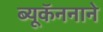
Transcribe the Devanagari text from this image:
ब्यूकॅननाने